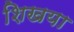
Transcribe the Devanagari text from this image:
शिखया